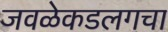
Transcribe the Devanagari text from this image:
जवळेकडलगचा